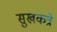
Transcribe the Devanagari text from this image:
सुखकत्रे